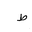
Letter: _da